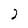
Character: 2